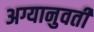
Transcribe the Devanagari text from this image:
अग्यानुवर्ती